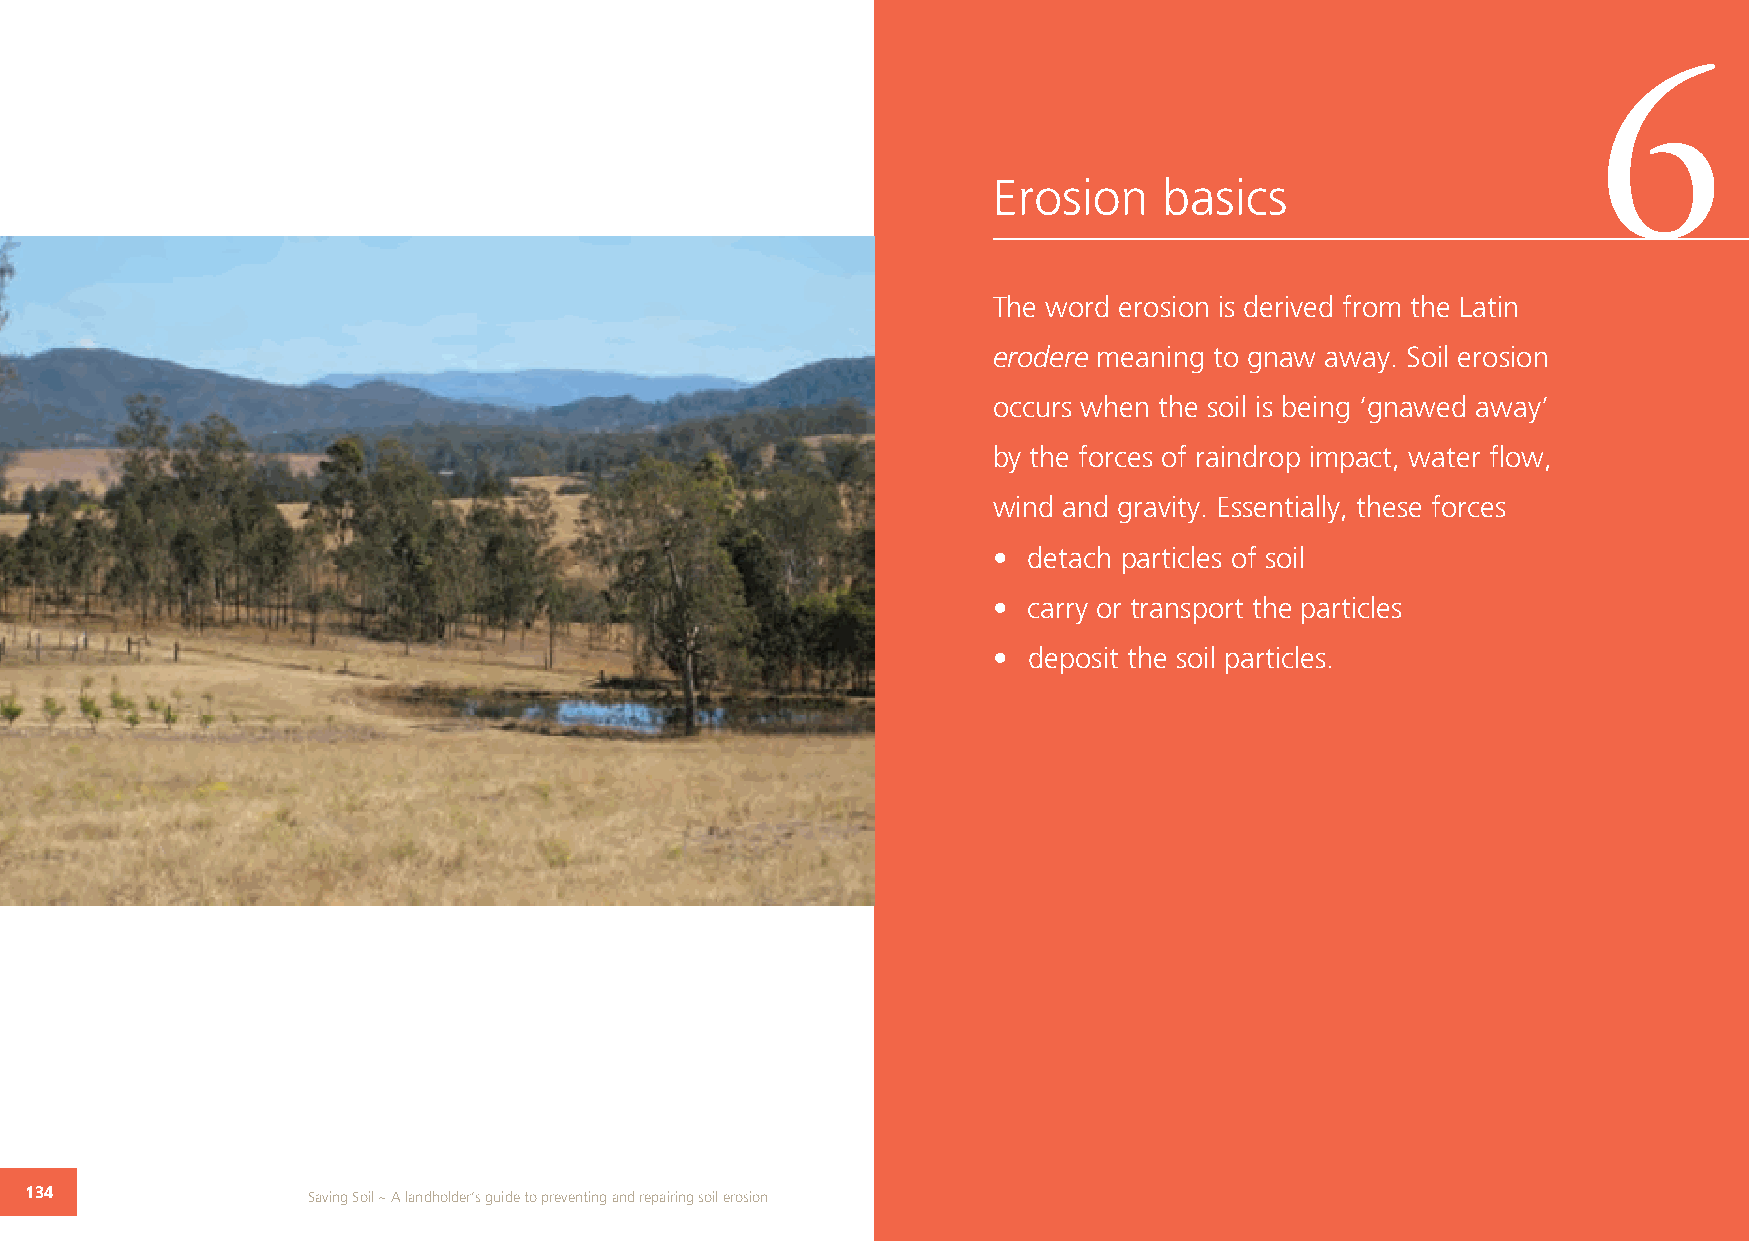
6
 Erosion    basics
 The word erosion is derived from the Latin
 erodere meaning to gnaw away. Soil erosion
 occurs when the soil is being ‘gnawed away’
 by the forces of raindrop impact, water flow,
 wind and gravity. Essentially, these forces
 • detach particles of soil
 • carry or transport the particles
 • deposit the soil particles.
 134               Saving Soil ~ A landholder’s guide to preventing and repairing soil erosion                 135